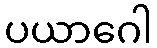
ပယာဂေါ